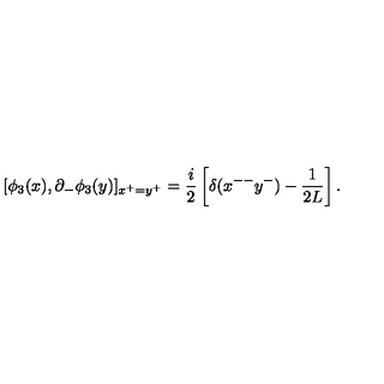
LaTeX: [ \phi _ { 3 } ( x ) , \partial _ { - } \phi _ { 3 } ( y ) ] _ { x ^ { + } = y ^ { + } } = \frac { i } { 2 } \left[ \delta ( x ^ { -- } y ^ { - } ) - \frac { 1 } { 2 L } \right] .